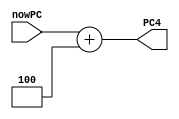
`timescale 1ns / 1ps
//////////////////////////////////////////////////////////////////////////////////
// Company: 
// Engineer: 
// 
// Design Name: 
// Module Name: PCAddFour
// Project Name: 
// Target Devices: 
// Tool Versions: 
// Description: 
// 
// Dependencies: 
// 
// Revision:
// Revision 0.01 - File Created
// Additional Comments:
// 
//////////////////////////////////////////////////////////////////////////////////


module PCAddFour(nowPC, PC4);
    input [31:0] nowPC; //PC
    output wire [31:0] PC4; // PC+4
    
    assign PC4 = nowPC + 4;
endmodule